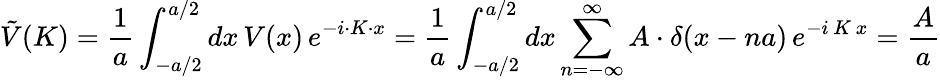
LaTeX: {\tilde{V}}(K)={\frac{1}{a}}\int_{-a/2}^{a/2}dx\, V(x)\, e^{-i\cdot K\cdot x}={\frac{1}{a}}\int_{-a/2}^{a/2}dx\sum_{n=-\infty}^{\infty}A\cdot\delta(x-na)\, e^{-i\, K\, x}={\frac{A}{a}}